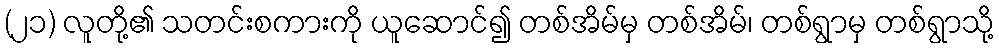
(၂၁) လူတို့၏ သတင်းစကားကို ယူဆောင်၍ တစ်အိမ်မှ တစ်အိမ်၊ တစ်ရွာမှ တစ်ရွာသို့